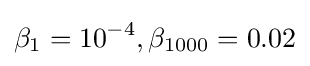
\beta _{1}=10^{-4},\beta _{1000}=0.02